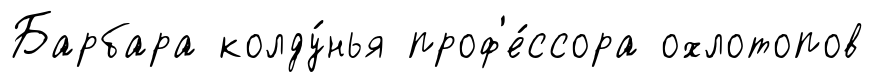
Барбара колду́нья проф'е́ссора охлотопов